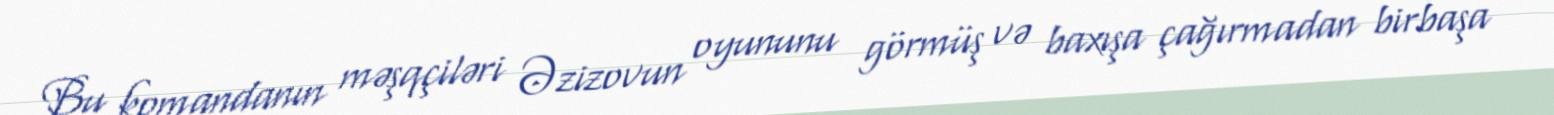
Bu komandanın məşqçiləri Əzizovun oyununu görmüş və baxışa çağırmadan birbaşa